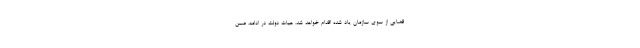
قضایی از سوی سازمان یاد شده اقدام خواهد شد. هیات دولت در ادامه، ضمن